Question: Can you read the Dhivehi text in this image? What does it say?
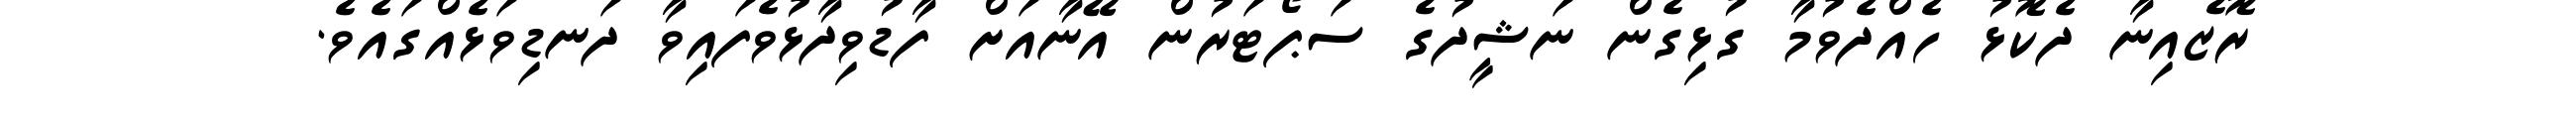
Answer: ރޮޒެއިނާ ދެކޮޅު ހެއްދެވުމާ ގުޅިގެން ނަޝީދުގެ ސަޕޯޓަރުން އޭނާއަށް ފާޑުވިދާޅުވެފައިވާ ދަނޑިވަޅެއްގައެވެ.